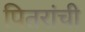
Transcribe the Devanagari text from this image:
पितरांची